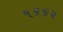
૧૬૬૨